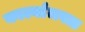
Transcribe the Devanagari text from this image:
कार्ल्याजवळ